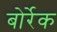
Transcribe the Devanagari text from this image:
बोर्रेक